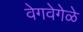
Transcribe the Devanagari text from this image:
वेगवेगेळे